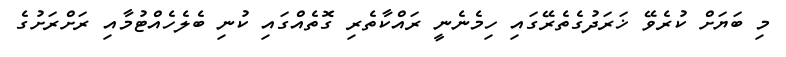
މި ބަޔަށް ކުރެވޭ ޚަރަދުގެތެރޭގައި ހިމެނެނީ ރައްކާތެރި ގޮތެއްގައި ކުނި ބެލެހެއްޓުމާއި ރަށްރަށުގެ